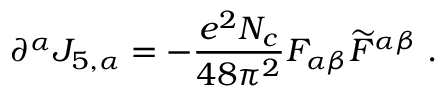
\partial ^ { \alpha } J _ { 5 , \alpha } = - \frac { e ^ { 2 } N _ { c } } { 4 8 \pi ^ { 2 } } F _ { \alpha \beta } \widetilde { F } ^ { \alpha \beta } \; .